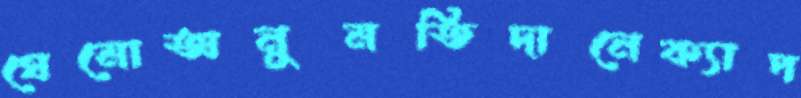
ঘেমোঅনুমতিদানেক্যাপ